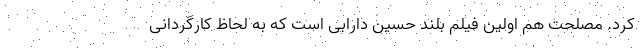
کرد. مصلحت هم اولین فیلم بلند حسین دارابی است که به لحاظ کارگردانی